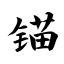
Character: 锚